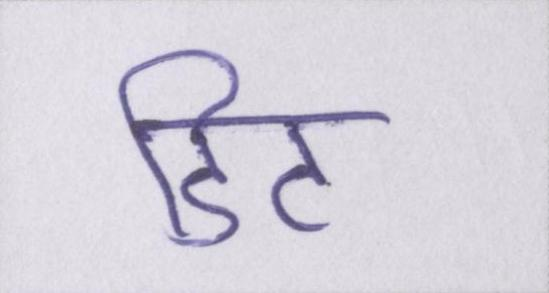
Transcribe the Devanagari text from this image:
डिट